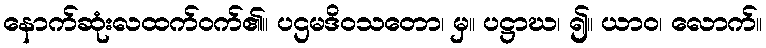
နောက်ဆုံးလထက်ဝက်၏။ ပဌမဒိဝသတော၊ မှ။ ပဋ္ဌာဃ၊ ၍။ ယာဝ၊ လောက်။